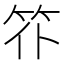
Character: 䇚